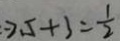
2 . 5 + 3 = \frac { 1 } { 2 }